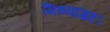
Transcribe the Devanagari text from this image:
मिथ्याग्रह।